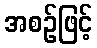
အစဉ်ဖြင့်